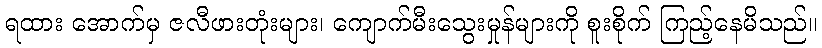
ရထား အောက်မှ ဇလီဖားတုံးများ၊ ကျောက်မီးသွေးမှုန်များကို စူးစိုက် ကြည့်နေမိသည်။